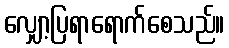
လျှော့ပြရာရောက်စေသည်။